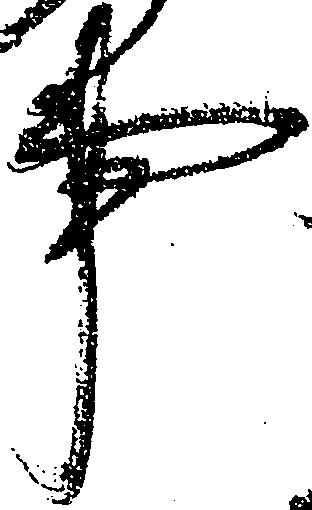
事